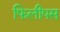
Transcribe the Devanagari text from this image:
फिलीपस